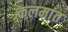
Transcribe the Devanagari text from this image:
कलमांत